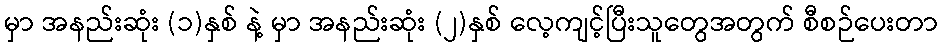
မှာ အနည်းဆုံး (၁)နှစ် နဲ့ မှာ အနည်းဆုံး (၂)နှစ် လေ့ကျင့်ပြီးသူတွေအတွက် စီစဉ်ပေးတာ